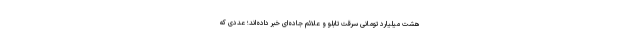
هشت میلیارد تومانی سرقت تابلو و علائم جاده‌ای خبر داده‌اند؛ عددی که